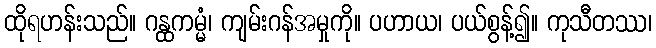
ထိုရဟန်းသည်။ ဂန္ထကမ္မံ၊ ကျမ်းဂန်အမှုကို။ ပဟာယ၊ ပယ်စွန့်၍။ ကုသီတဿ၊